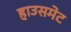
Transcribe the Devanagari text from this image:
हाउसमेट